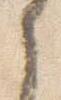
之